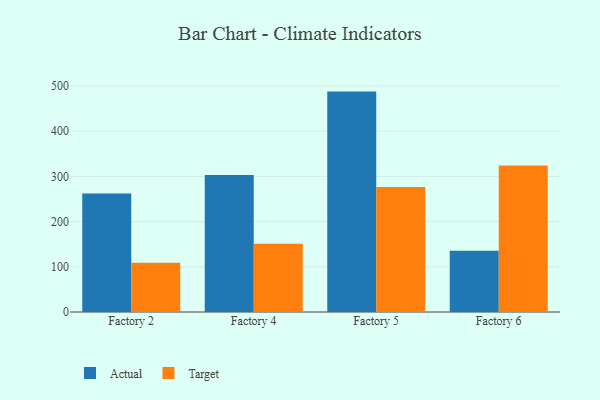
{"axis": {"x": "Factory", "y": "LTV (USD)"}, "legend": ["Actual", "Target"], "data": [{"x": "Factory 2", "y": 262.4, "type": "Actual"}, {"x": "Factory 2", "y": 108.9, "type": "Target"}, {"x": "Factory 4", "y": 303.0, "type": "Actual"}, {"x": "Factory 4", "y": 150.8, "type": "Target"}, {"x": "Factory 5", "y": 487.6, "type": "Actual"}, {"x": "Factory 5", "y": 276.5, "type": "Target"}, {"x": "Factory 6", "y": 135.4, "type": "Actual"}, {"x": "Factory 6", "y": 324.0, "type": "Target"}]}